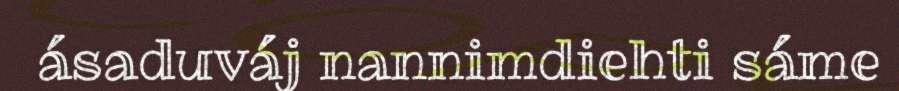
ásaduváj nannimdiehti sáme